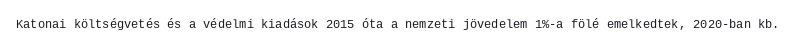
Katonai költségvetés és a védelmi kiadások 2015 óta a nemzeti jövedelem 1%-a fölé emelkedtek, 2020-ban kb.